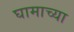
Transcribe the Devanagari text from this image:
घामाच्या